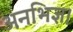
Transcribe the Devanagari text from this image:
अनभिज्ञ।